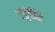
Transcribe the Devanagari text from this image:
स्फूर्तीने